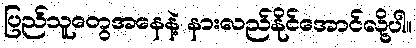
ပြည်သူတွေအနေနဲ့ နားလည်နိုင်အောင်လို့ပါ။